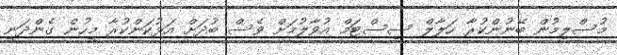
މުސްލިމުން ބޭނުންކުރާ ހަލާލް ސިސްޓަމް އުވާލުމަށް ވެސް ބުދަށް އަޅުކަންކުރާ މީހުން ގެންދަނީ